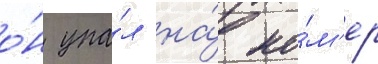
о́н упа́л на́ но́м'ер